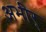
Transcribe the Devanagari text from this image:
अभीर्